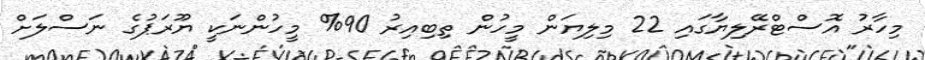
މިހާރު އޮސްޓްރޭލިޔާގައި 22 މިލިޔަން މީހުން ތިބިއިރު 90% މީހުންނަކީ ޔޫރަޕުގެ ނަސްލަށް